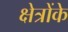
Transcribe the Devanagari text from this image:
क्षेत्रोंके